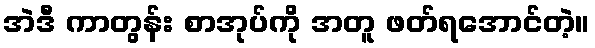
အဲဒီ ကာတွန်း စာအုပ်ကို အတူ ဖတ်ရအောင်တဲ့။